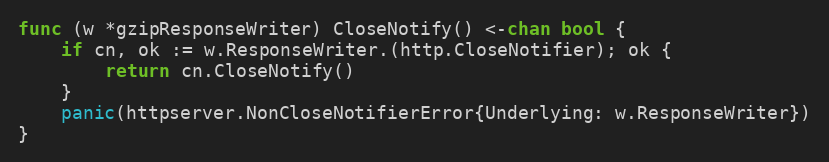
Language: Go
func (w *gzipResponseWriter) CloseNotify() <-chan bool {
	if cn, ok := w.ResponseWriter.(http.CloseNotifier); ok {
		return cn.CloseNotify()
	}
	panic(httpserver.NonCloseNotifierError{Underlying: w.ResponseWriter})
}